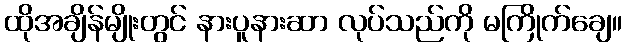
ထိုအချိန်မျိုးတွင် နားပူနားဆာ လုပ်သည်ကို မကြိုက်ချေ။